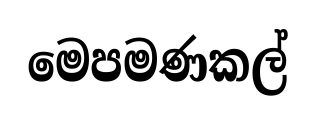
මෙපමණකල්